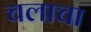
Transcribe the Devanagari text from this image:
चलाचा